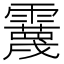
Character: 𩆪